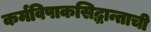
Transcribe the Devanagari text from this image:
कर्मविपाकसिद्धान्ताची